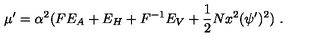
\mu ^ { \prime } = \alpha ^ { 2 } ( F E _ { A } + E _ { H } + F ^ { - 1 } E _ { V } + { \frac { 1 } { 2 } } N x ^ { 2 } ( \psi ^ { \prime } ) ^ { 2 } ) \ .